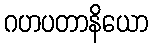
ဂဟပတာနိယော